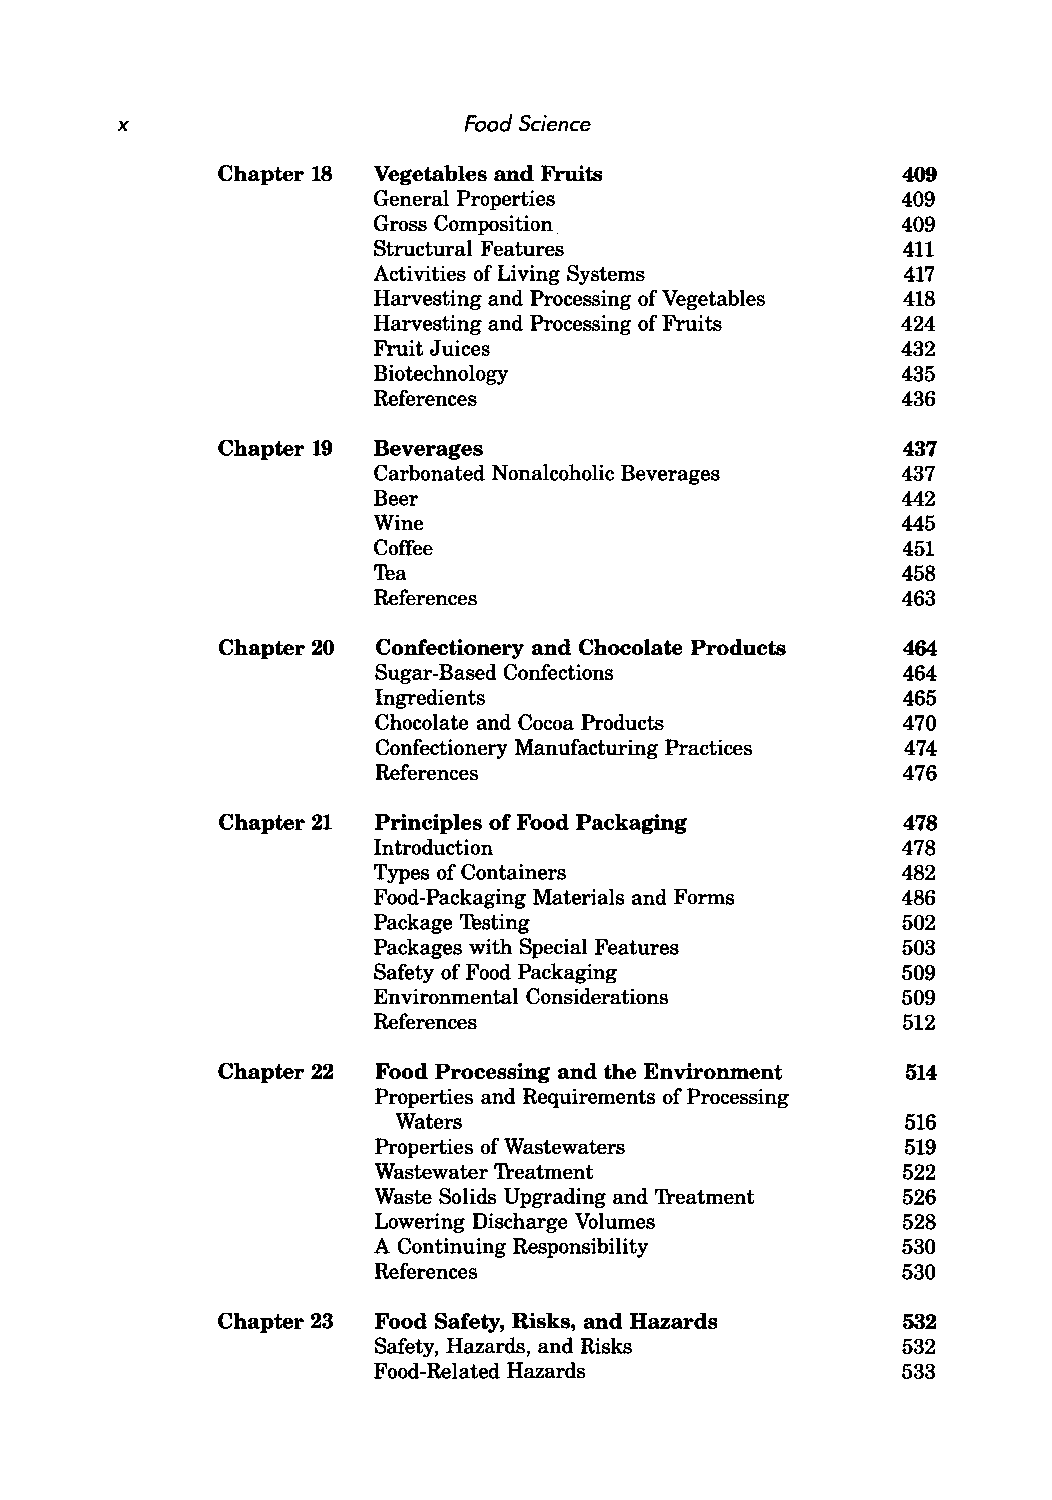
x                      Food Science
 Chapter 18 Vegetables and Fruits              409
 General Properties                 409
 Gross Composition                  409
 Structural Features                411
 Activities of Living Systems       417
 Harvesting and Processing of Vegetables 418
 Harvesting and Processing of Fruits 424
 Fruit Juices                       432
 Biotechnology                      435
 References                         436
 Chapter 19 Beverages                          437
 Carbonated Nonalcoholic Beverages  437
 Beer                               442
 Wine                               445
 Coffee                             451
 Tea                                458
 References                         463
 Chapter 20 Confectionery and Chocolate Products 464
 Sugar-Based Confections            464
 Ingredients                        465
 Chocolate and Cocoa Products       470
 Confectionery Manufacturing Practices 474
 References                         476
 Chapter 21 Principles of Food Packaging       478
 Introduction                       478
 Types of Containers                482
 Food-Packaging Materials and Forms 486
 Package Testing                    502
 Packages with Special Features     503
 Safety of Food Packaging           509
 Environmental Considerations       509
 References                         512
 Chapter 22 Food Processing and the Environment 514
 Properties and Requirements of Processing
 Waters                            516
 Properties of Wastewaters          519
 Wastewater 'freatment              522
 Waste Solids Upgrading and 'freatment 526
 Lowering Discharge Volumes         528
 A Continuing Responsibility        530
 References                         530
 Chapter 23 Food Safety, Risks, and Hazards    532
 Safety, Hazards, and Risks         532
 Food-Related Hazards               533